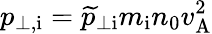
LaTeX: p_{\perp,\mathrm{i}}=\widetilde{p}_{\perp\mathrm{i}}m_{\mathrm{i}}n_{0}v_{\mathrm{A}}^{2}